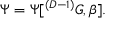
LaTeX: \Psi = \Psi [ ^ { ( D - 1 ) } { \cal G } , \beta ] .